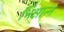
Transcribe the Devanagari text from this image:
भिक्षान्न